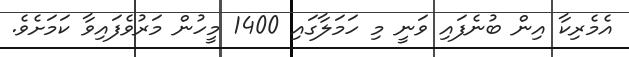
އެމެރިކާ އިން ބުނެފައި ވަނީ މި ހަމަލާގައި 1400 މީހުން މަރުވެފައިވާ ކަމަށެވެ.